Scottish Certificate of Education, 1963
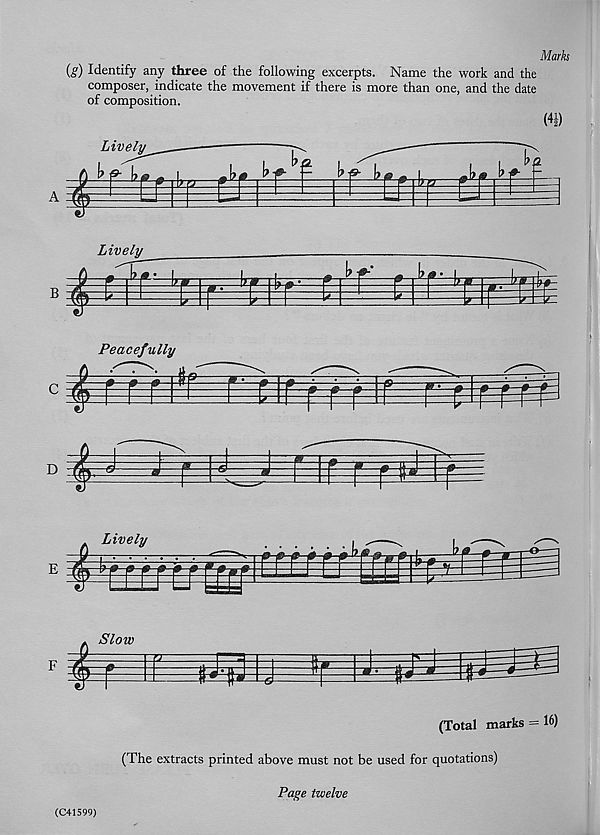
Marks
(g) Identify any three of the following excerpts. Name the work and the
composer, indicate the movement if there is more than one, and the date
of composition.
(4|)
Lively
Peacefully
F
(Total marks = 16)
(C41599)
(The extracts printed above must not be used for quotations)
Page twelve